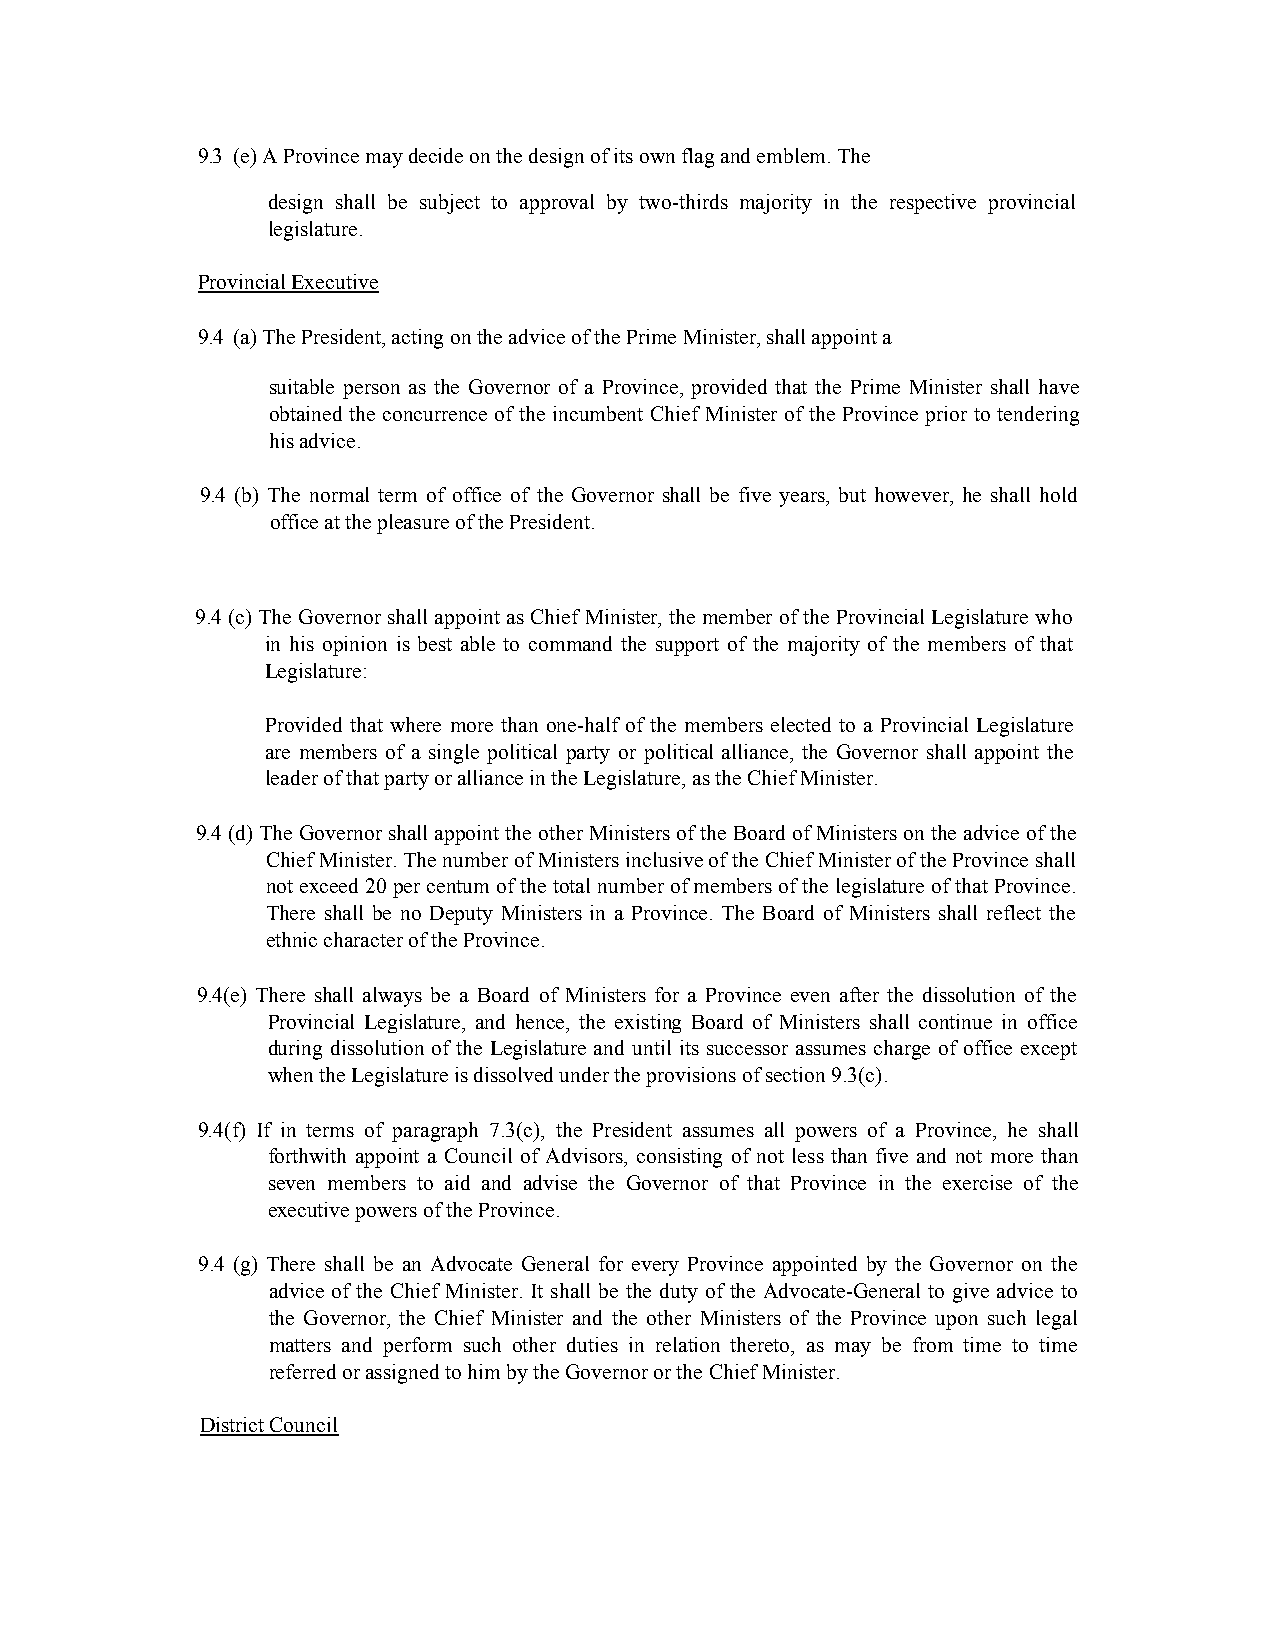
9.3 (e) A Province may decide on the design of its own flag and emblem. The
 design shall be subject to approval by two-thirds majority in the respective provincial
 legislature.
 Provincial Executive
 9.4 (a) The President, acting on the advice of the Prime Minister, shall appoint a
 suitable person as the Governor of a Province, provided that the Prime Minister shall have
 obtained the concurrence of the incumbent Chief Minister of the Province prior to tendering
 his advice.
 9.4 (b) The normal term of office of the Governor shall be five years, but however, he shall hold
 office at the pleasure of the President.
 9.4 (c) The Governor shall appoint as Chief Minister, the member of the Provincial Legislature who
 in his opinion is best able to command the support of the majority of the members of that
 Legislature:
 Provided that where more than one-half of the members elected to a Provincial Legislature
 are members of a single political party or political alliance, the Governor shall appoint the
 leader of that party or alliance in the Legislature, as the Chief Minister.
 9.4 (d) The Governor shall appoint the other Ministers of the Board of Ministers on the advice of the
 Chief Minister. The number of Ministers inclusive of the Chief Minister of the Province shall
 not exceed 20 per centum of the total number of members of the legislature of that Province.
 There shall be no Deputy Ministers in a Province. The Board of Ministers shall reflect the
 ethnic character of the Province.
 9.4(e) There shall always be a Board of Ministers for a Province even after the dissolution of the
 Provincial Legislature, and hence, the existing Board of Ministers shall continue in office
 during dissolution of the Legislature and until its successor assumes charge of office except
 when the Legislature is dissolved under the provisions of section 9.3(c).
 9.4(f) If in terms of paragraph 7.3(c), the President assumes all powers of a Province, he shall
 forthwith appoint a Council of Advisors, consisting of not less than five and not more than
 seven members to aid and advise the Governor of that Province in the exercise of the
 executive powers of the Province.
 9.4 (g) There shall be an Advocate General for every Province appointed by the Governor on the
 advice of the Chief Minister. It shall be the duty of the Advocate-General to give advice to
 the Governor, the Chief Minister and the other Ministers of the Province upon such legal
 matters and perform such other duties in relation thereto, as may be from time to time
 referred or assigned to him by the Governor or the Chief Minister.
 District Council